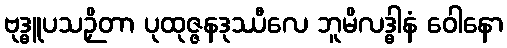
ဗုဒ္ဓူပသဉှိတာ ပုထုဇ္ဇနဒုဿီလေ ဘူမိလဒ္ဓါနံ ဝေါနော